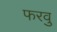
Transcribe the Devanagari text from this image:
फरवु